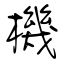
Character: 機